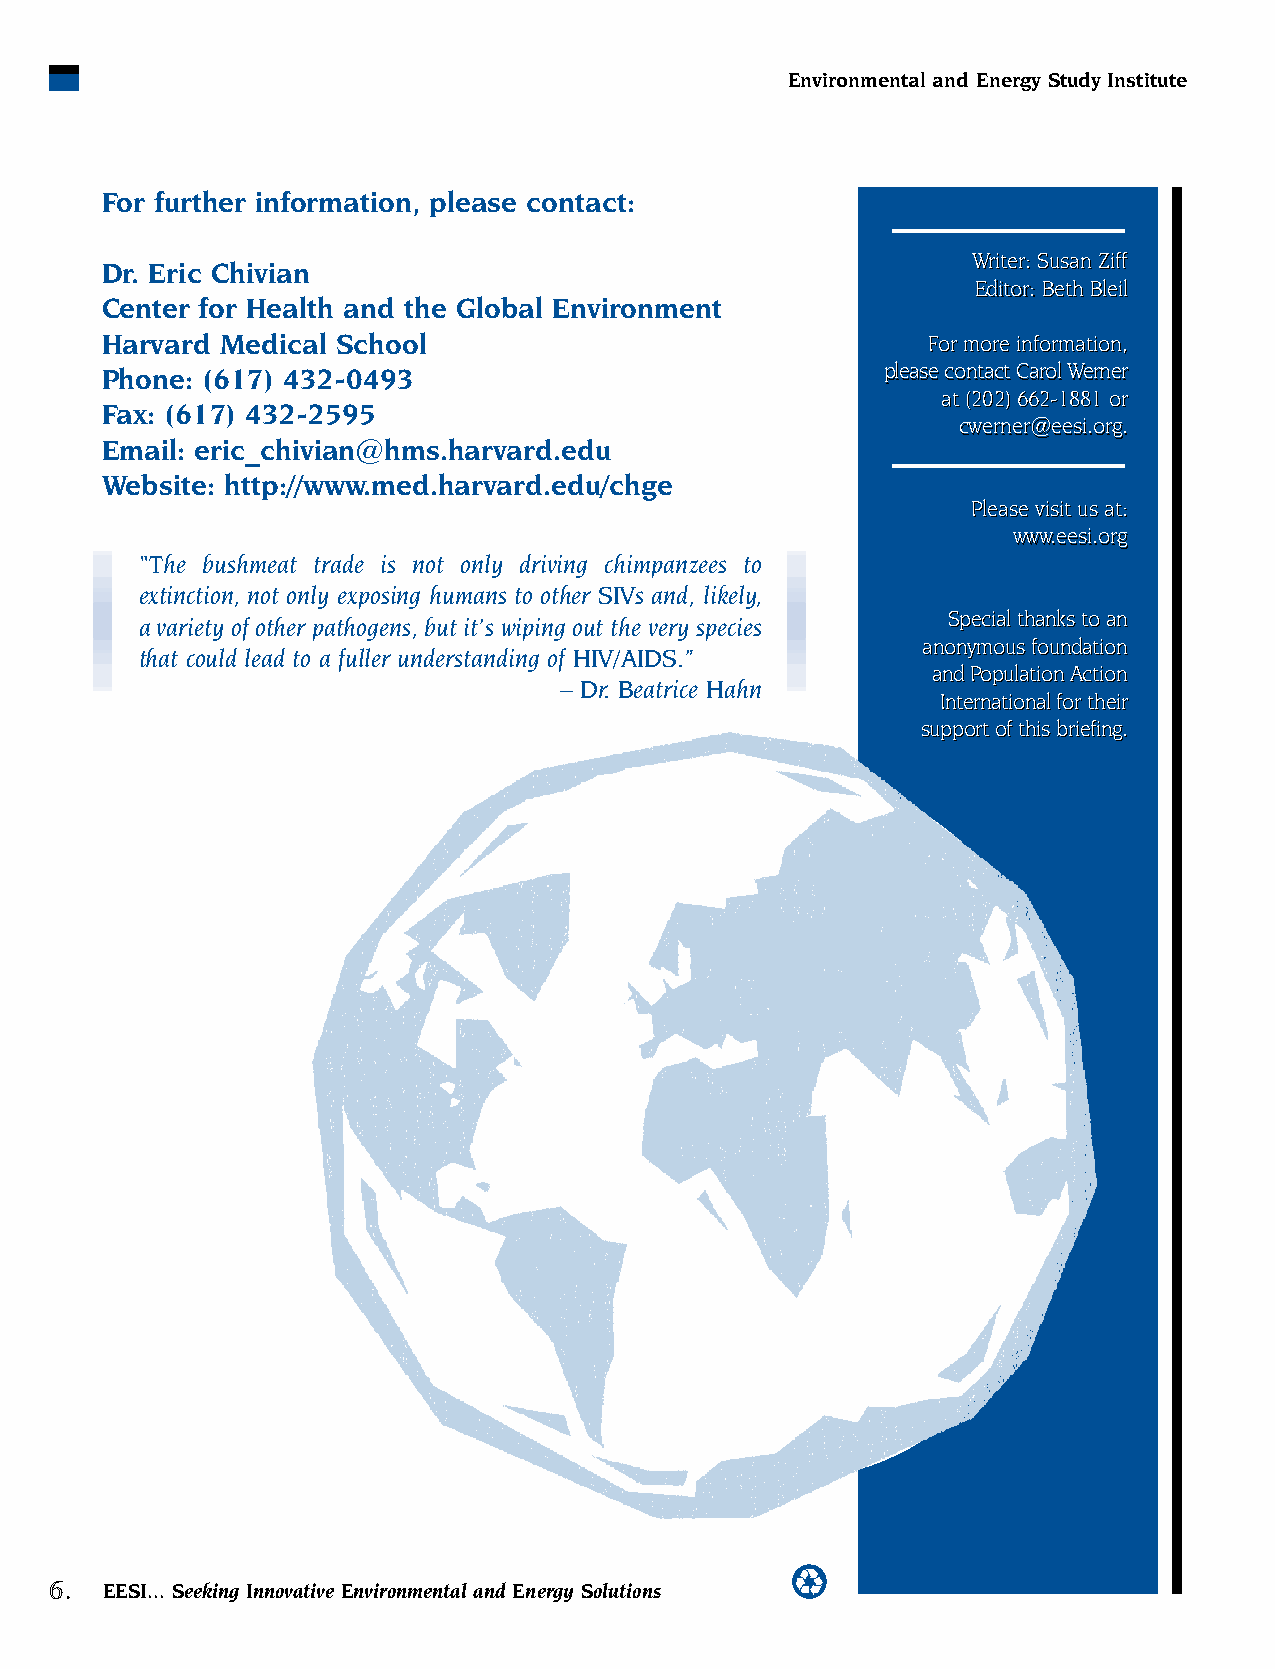
Environmental and Energy Study Institute
 For further information, please contact:
 WWrriitteerr:: SSuussaann ZZiiffff
 Dr. Eric Chivian
 EEddiittoorr:: BBeetthh BBlleeiill
 Center for Health and the Global Environment
 Harvard Medical School                                FFoorr mmoorree iinnffoorrmmaattiioonn,,
 Phone: (617) 432-0493                               pplleeaassee ccoonnttaacctt CCaarrooll WWeerrnneerr
 aatt ((220022)) 666622--11888811 oorr
 Fax: (617) 432-2595
 ccwweerrnneerr@@eeeessii..oorrgg..
 Email: eric_chivian@hms.harvard.edu
 Website: http://www.med.harvard.edu/chge
 PPlleeaassee vviissiitt uuss aatt::
 wwwwww..eeeessii..oorrgg
 “The bushmeat trade is not only driving chimpanzees to
 extinction, not only exposing humans to other SIVs and, likely,
 SSppeecciiaall tthhaannkkss ttoo aann
 a variety of other pathogens, but it’s wiping out the very species
 aannoonnyymmoouuss ffoouunnddaattiioonn
 that could lead to a fuller understanding of HIV/AIDS.”
 aanndd PPooppuullaattiioonn AAccttiioonn
 – Dr. Beatrice Hahn
 IInntteerrnnaattiioonnaall ffoorr tthheeiirr
 ssuuppppoorrtt ooff tthhiiss bbrriieeffiinngg..
 c
 6.
 EESI... Seeking Innovative Environmental and Energy Solutions